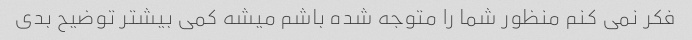
فکر نمی کنم منظور شما را متوجه شده باشم میشه کمی بیشتر توضیح بدی